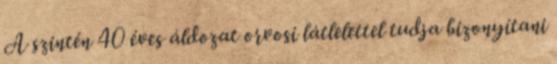
A szintén 40 éves áldozat orvosi látlelettel tudja bizonyítani